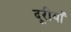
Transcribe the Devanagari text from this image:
दूरीयाँ